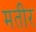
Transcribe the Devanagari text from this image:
मतीर